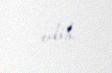
edib.